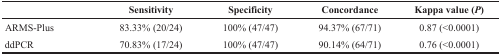
<table><thead><tr><td></td><td><b>Sensitivity</b></td><td><b>Specificity</b></td><td><b>Concordance</b></td><td><b>Kappa value (<i>P</i>)</b></td></tr></thead><tbody><tr><td>ARMS-Plus</td><td>83.33% (20/24)</td><td>100% (47/47)</td><td>94.37% (67/71)</td><td>0.87 (&lt;0.0001)</td></tr><tr><td>ddPCR</td><td>70.83% (17/24)</td><td>100% (47/47)</td><td>90.14% (64/71)</td><td>0.76 (&lt;0.0001)</td></tr></tbody></table>